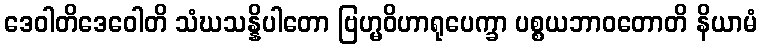
ဒေဝါတိဒေဝေါတိ သံဃသန္နိပါတော ဗြဟ္မဝိဟာရုပေက္ခာ ပစ္စယဘာဝတောတိ နိယာမံ